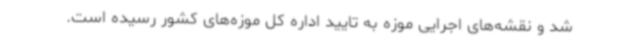
شد و نقشه‌های اجرایی موزه به تایید اداره کل موزه‌های کشور رسیده است.